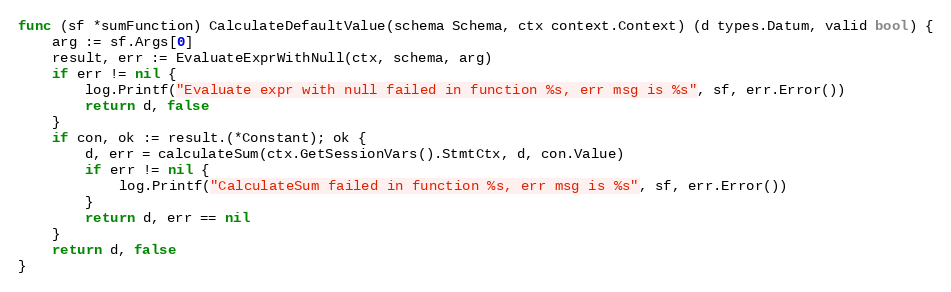
Language: Go
func (sf *sumFunction) CalculateDefaultValue(schema Schema, ctx context.Context) (d types.Datum, valid bool) {
	arg := sf.Args[0]
	result, err := EvaluateExprWithNull(ctx, schema, arg)
	if err != nil {
		log.Printf("Evaluate expr with null failed in function %s, err msg is %s", sf, err.Error())
		return d, false
	}
	if con, ok := result.(*Constant); ok {
		d, err = calculateSum(ctx.GetSessionVars().StmtCtx, d, con.Value)
		if err != nil {
			log.Printf("CalculateSum failed in function %s, err msg is %s", sf, err.Error())
		}
		return d, err == nil
	}
	return d, false
}